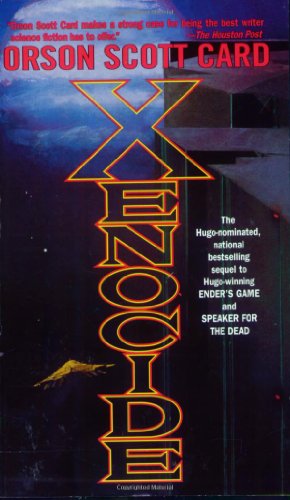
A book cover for Xenocide: Volume Three of the Ender Quintet; Orson Scott Card; Science Fiction & Fantasy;